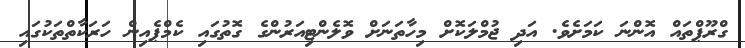
ގްރޫޕްތައް އޮންނަ ކަމަށެވެ. އަދި ޖުމްލަކޮށް މިހާތަނަށް ވޮލެންޓިއަރުންގެ ގޮތުގައި ކެމްޕެއިން ހަރަކާތްތަކުގައި